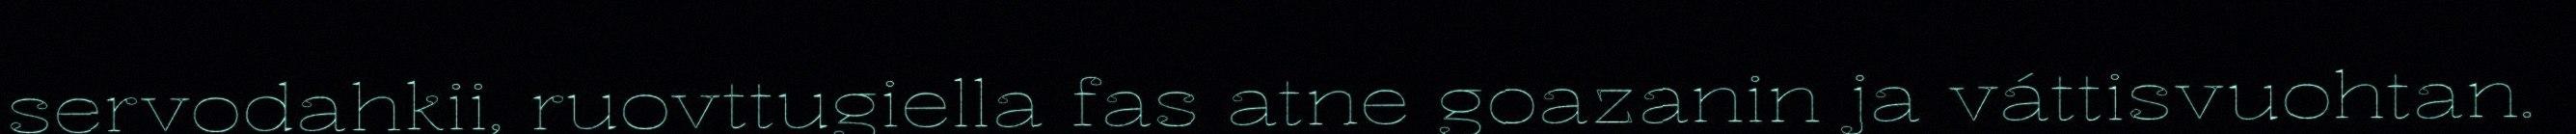
servodahkii, ruovttugiella fas atne goazanin ja váttisvuohtan.